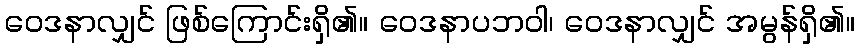
ဝေဒနာလျှင် ဖြစ်ကြောင်းရှိ၏။ ဝေဒနာပဘဝါ၊ ဝေဒနာလျှင် အမွန်ရှိ၏။